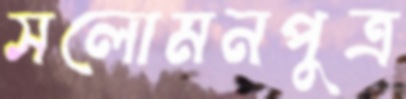
সলোমনপুত্র